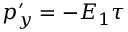
p _ { y } ^ { \prime } = - E _ { 1 } \tau